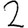
Digit: 2